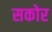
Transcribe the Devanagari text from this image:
सकोर